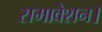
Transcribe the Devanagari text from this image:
समावेशन।